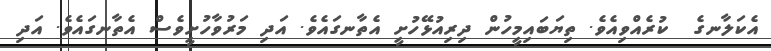
އެކަލާނގެ  ކުރެއްވިއެވެ. ތިޔަބައިމީހުން ދިރިއުޅޭހުށީ އެތާނގައެވެ. އަދި މަރުވާހުށީވެސް އެތާނގައެވެ. އަދި